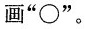
画”\bigcirc "